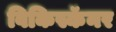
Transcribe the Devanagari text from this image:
विकिस्कॅनर